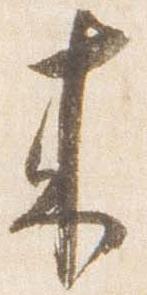
来